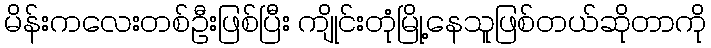
မိန်းကလေးတစ်ဦးဖြစ်ပြီး ကျိုင်းတုံမြို့နေသူဖြစ်တယ်ဆိုတာကို